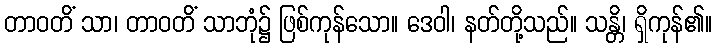
တာဝတိံ သာ၊ တာဝတိံ သာဘုံ၌ ဖြစ်ကုန်သော။ ဒေဝါ၊ နတ်တို့သည်။ သန္တိ၊ ရှိကုန်၏။